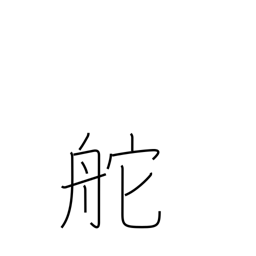
Meaning: wheel